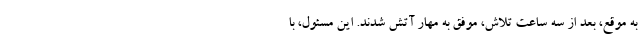
به موقع، بعد از سه ساعت تلاش، موفق به مهار آتش شدند. این مسئول، با